Annual administration report of the Civil Veterinary Department of India - 1905-1906
Year: 1905
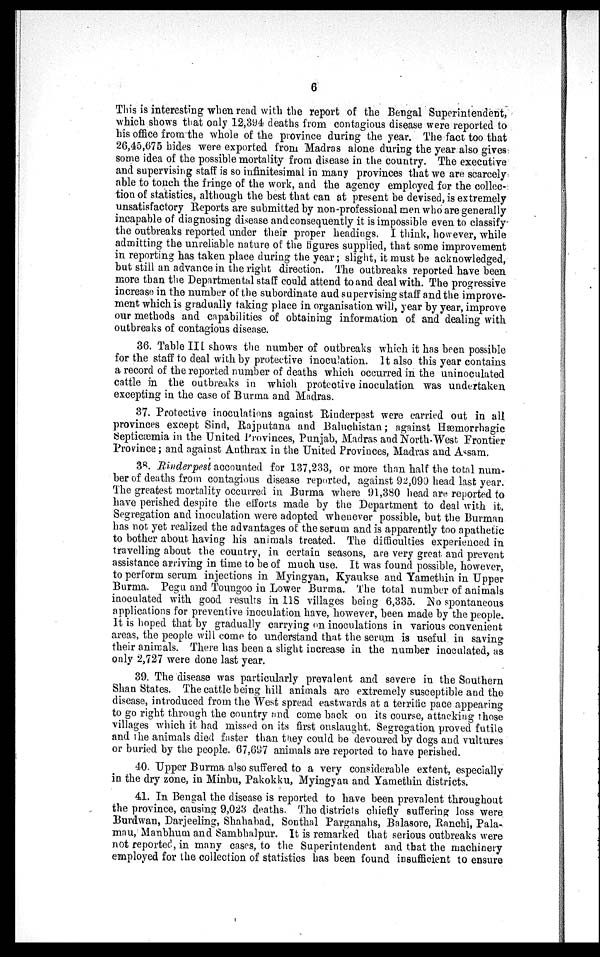
6
This is interesting when read with the report of the Bengal Superintendent,
which shows that only 12,394 deaths from contagious disease were reported to
his office from the whole of the province during the year. The fact too that
26,45,675 hides were exported from Madras alone during the year also gives
some idea of the possible mortality from disease in the country. The executive
and supervising staff is so infinitesimal in many provinces that we are scarcely
able to touch the fringe of the work, and the agency employed for the collec-
tion of statistics, although the best that can at present be devised, is extremely
unsatisfactory Reports are submitted by non-professional men who are generally
incapable of diagnosing disease and consequently it is impossible even to classify
the outbreaks reported under their proper headings. I think, however, while
admitting the unreliable nature of the figures supplied, that some improvement
in reporting has taken place during the year; slight, it must be acknowledged,
but still an advance in the right direction. The outbreaks reported have been
more than the Departmental staff could attend to and deal with. The progressive
increase in the number of the subordinate aud supervising staff and the improve-
ment which is gradually taking place in organisation will, year by year, improve
our methods and capabilities of obtaining information of and dealing with
outbreaks of contagious disease.
36. Table III shows the number of outbreaks which it has been possible
for the staff to deal with by protective inoculation. It also this year contains
a record of the reported number of deaths which occurred in the uninoculated
cattle in the outbreaks in which protective inoculation was undertaken
excepting in the case of Burma and Madras.
37. Protective inoculations against Rinderpest were carried out in all
provinces except Sind, Rajputana and Baluchistan; against Hæmorrhagic
Septicæmia in the United Provinces, Punjab, Madras and North-West Frontier
Province; and against Anthrax in the United Provinces, Madras and Assam.
38. Rinderpest accounted for 137,233, or more than half the total num-
ber of deaths from contagious disease reported, against 92,090 head last year.
The greatest mortality occurred in Burma where 91,380 head are reported to
have perished despite the efforts made by the Department to deal with it.
Segregation and inoculation were adopted whenever possible, but the Burman
has not yet realized the advantages of the serum and is apparently too apathetic
to bother about having his animals treated. The difficulties experienced in
travelling about the country, in certain seasons, are very great and prevent
assistance arriving in time to be of much use. It was found possible, however,
to perform serum injections in Myingyan, Kyaukse and Yamethin in Upper
Burma. Pegu and Toungoo in Lower Burma. The total number of animals
inoculated with good results in 118 villages being 6,335. No spontaneous
applications for preventive inoculation have, however, been made by the people.
It is hoped that by gradually carrying on inoculations in various convenient
areas, the people will come to understand that the serum is useful in saving
their animals. There has been a slight increase in the number inoculated, as
only 2,727 were done last year.
39. The disease was particularly prevalent and severe in the Southern
Shan States. The cattle being hill animals are extremely susceptible and the
disease, introduced from the West spread eastwards at a terrific pace appearing
to go right through the country and come back on its course, attacking those
villages which it had missed on its first onslaught. Segregation proved futile
and the animals died faster than they could be devoured by dogs and vultures
or buried by the people. 67,697 animals are reported to have perished.
40. Upper Burma also suffered to a very considerable extent, especially
in the dry zone, in Minbu, Pakokku, Myingyan and Yamethin districts.
41. In Bengal the disease is reported to have been prevalent throughout
the province, causing 9,023 deaths. The districts chiefly suffering loss were
Burdwan, Darjeeling, Shahabad, Sonthal Parganahs, Balasore, Ranchi, Pala-
mau, Manbhum and Sambhalpur. It is remarked that serious outbreaks were
not reported, in many cases, to the Superintendent and that the machinery
employed for the collection of statistics has been found insufficient to ensure